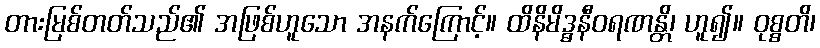
တားမြစ်တတ်သည်၏ အဖြစ်ဟူသော အနက်ကြောင့်။ ထိနိမိဒ္ဓနီဝရဏန္တိ၊ ဟူ၍။ ဝုစ္စတိ၊